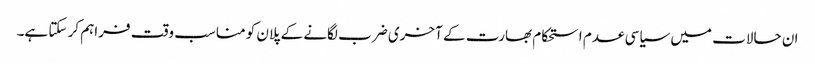
ان حالات میں سیاسی عدم استحکام بھارت کے آخری ضرب لگانے کے پلان کو مناسب وقت فراہم کر سکتا ہے۔